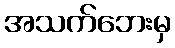
အသက်ဘေးမှ